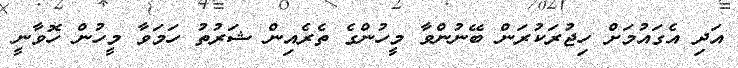
އަދި އެގައުމަށް ހިޖުރަކުރަން ބޭނުންވާ މީހުންގެ ތެރެއިން ޝަރުތު ހަމަވާ މީހުން ހޮވާނީ